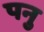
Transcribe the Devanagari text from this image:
पनु